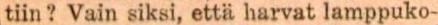
tiin ? Vain siksi, että harvat lamppuko-